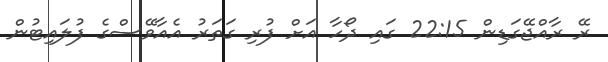
ރޭ ރާއްޖޭގަޑިން 22:15 ގައި ދޯހާ އަށް ފުރި ގަތަރު އެއާވޭސްގެ ފުލައިޓުން